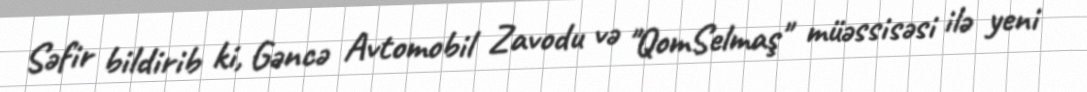
Səfir bildirib ki, Gəncə Avtomobil Zavodu və "QomSelmaş" müəssisəsi ilə yeni